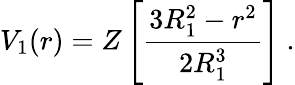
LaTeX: V_{1}(r)=Z\left[{\frac{3R_{1}^{2}-r^{2}}{2R_{1}^{3}}}\right]\ .